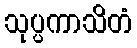
သုပ္ပကာသိတံ